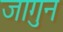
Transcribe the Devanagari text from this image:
जागुन